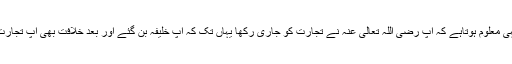
روایات سے یہی معلوم ہوتاہے کہ آپ رَضِیَ اللّٰہُ تَعَالٰی عَنْہ نے تجارت کو جاری رکھا یہاں تک کہ آپ خلیفہ بن گئے اور بعد خلافت بھی آپ تجارت کرتے رہے۔